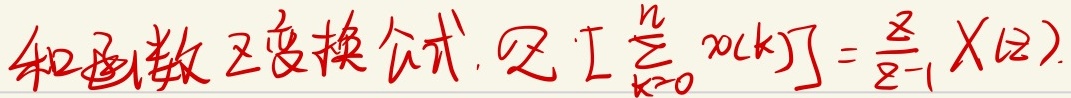
和函数\(Z\)变换公式。记\(Z\left[\sum_{k = 0}^{n}x(k)\right]=\frac{z}{z - 1}X(z)\)。